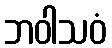
ဘဝါသဝံ